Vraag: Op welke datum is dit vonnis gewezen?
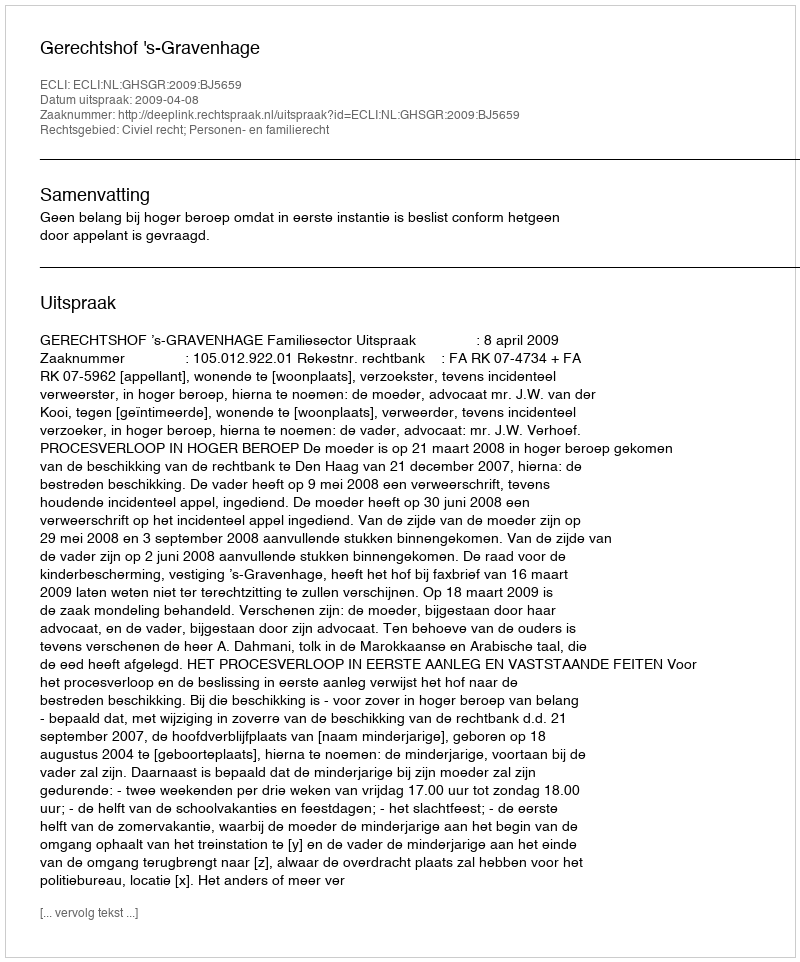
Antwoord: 2009-04-08